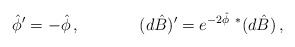
\begin{align*}{\hat \phi}^\prime = -{\hat\phi}\, ,\hskip 1.5truecm(d\hat B)^\prime = e^{-2\hat\phi}\ {}^*(d\hat B)\, ,\end{align*}